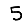
Digit: 5